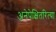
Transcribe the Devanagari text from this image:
अनेपेक्षितरित्या